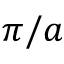
{ \pi } / a